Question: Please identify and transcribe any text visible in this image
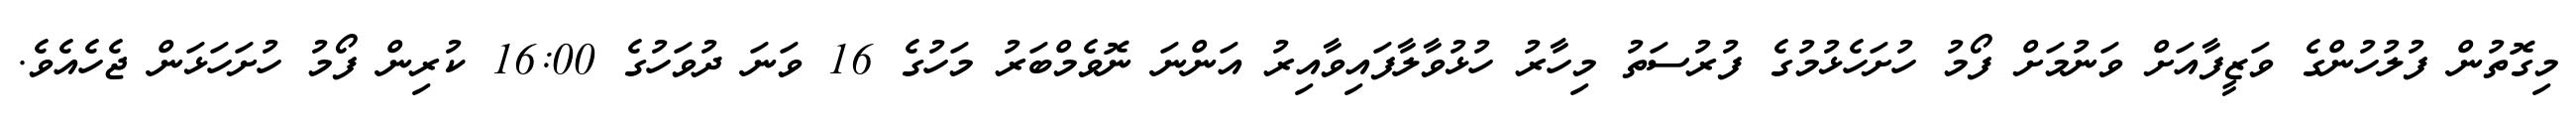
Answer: މިގޮތުން ފުލުހުންގެ ވަޒީފާއަށް ވަނުމަށް ފޯމު ހުށަހެޅުމުގެ ފުރުސަތު މިހާރު ހުޅުވާލާފައިވާއިރު އަންނަ ނޮވެމްބަރު މަހުގެ 16 ވަނަ ދުވަހުގެ 16:00 ކުރިން ފޯމު ހުށަހަޅަން ޖެހެއެވެ.